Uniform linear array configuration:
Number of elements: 12
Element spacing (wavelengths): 0.75
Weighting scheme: exponential
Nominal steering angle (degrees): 30
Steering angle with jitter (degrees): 30.136
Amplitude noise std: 0.05
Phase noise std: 0.05

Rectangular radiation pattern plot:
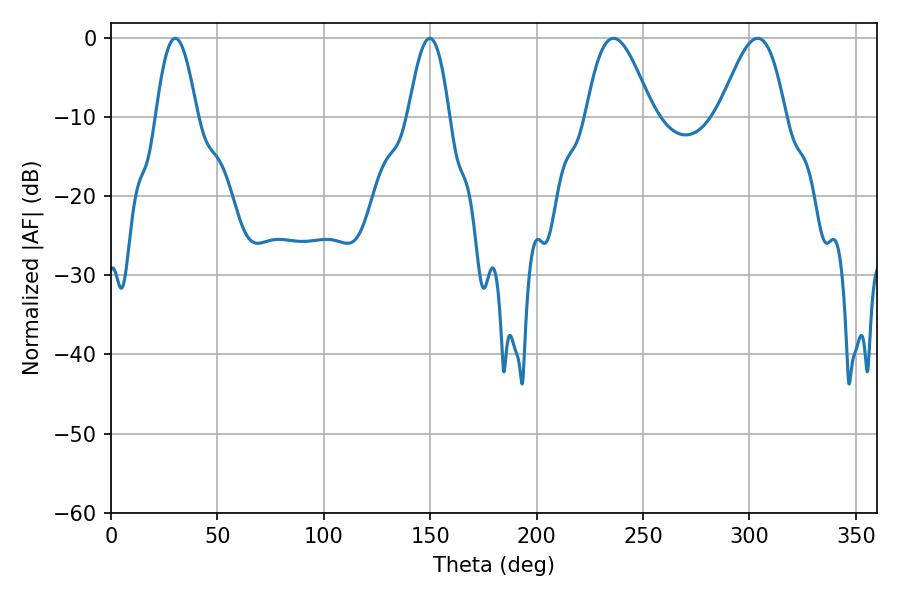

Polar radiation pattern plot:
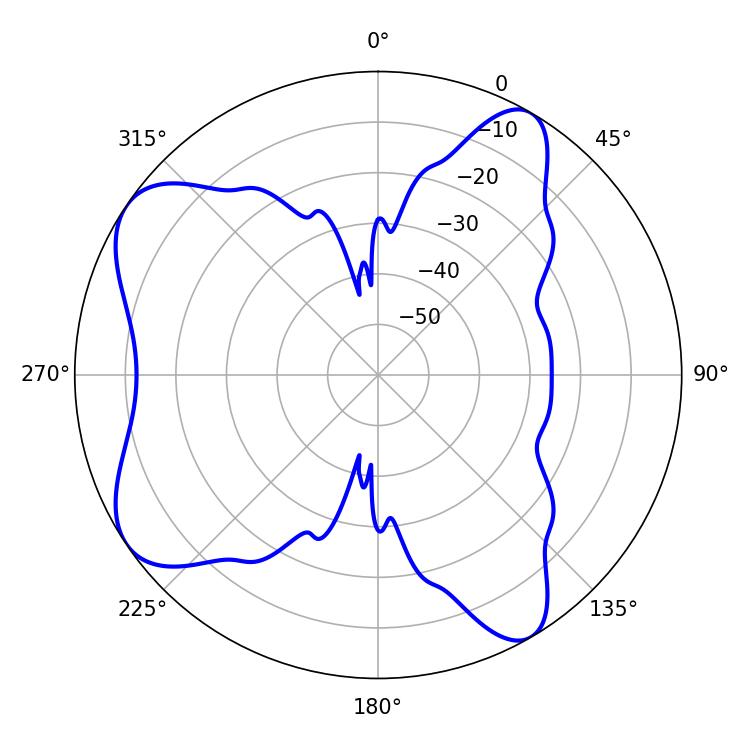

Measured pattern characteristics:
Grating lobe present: TRUE
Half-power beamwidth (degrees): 16.74
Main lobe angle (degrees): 236.16